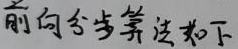
前向分步算法如下